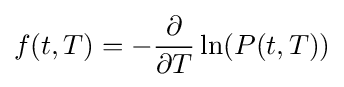
f(t,T)=-{\frac {\partial }{\partial T}}\ln(P(t,T))